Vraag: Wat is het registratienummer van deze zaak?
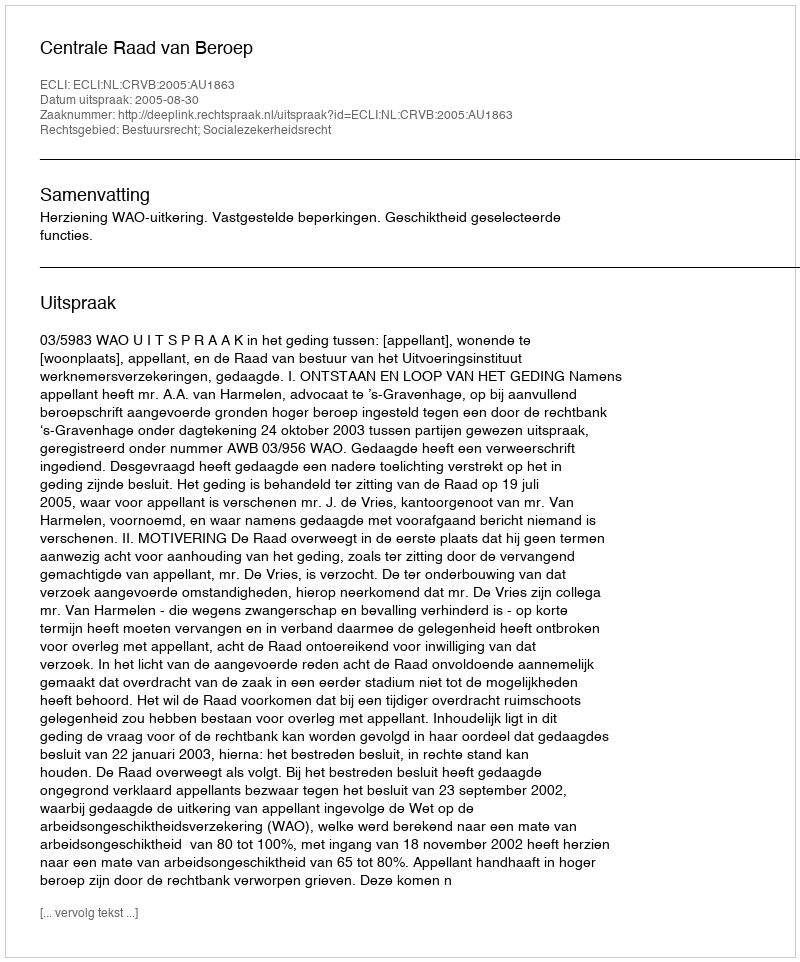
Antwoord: http://deeplink.rechtspraak.nl/uitspraak?id=ECLI:NL:CRVB:2005:AU1863